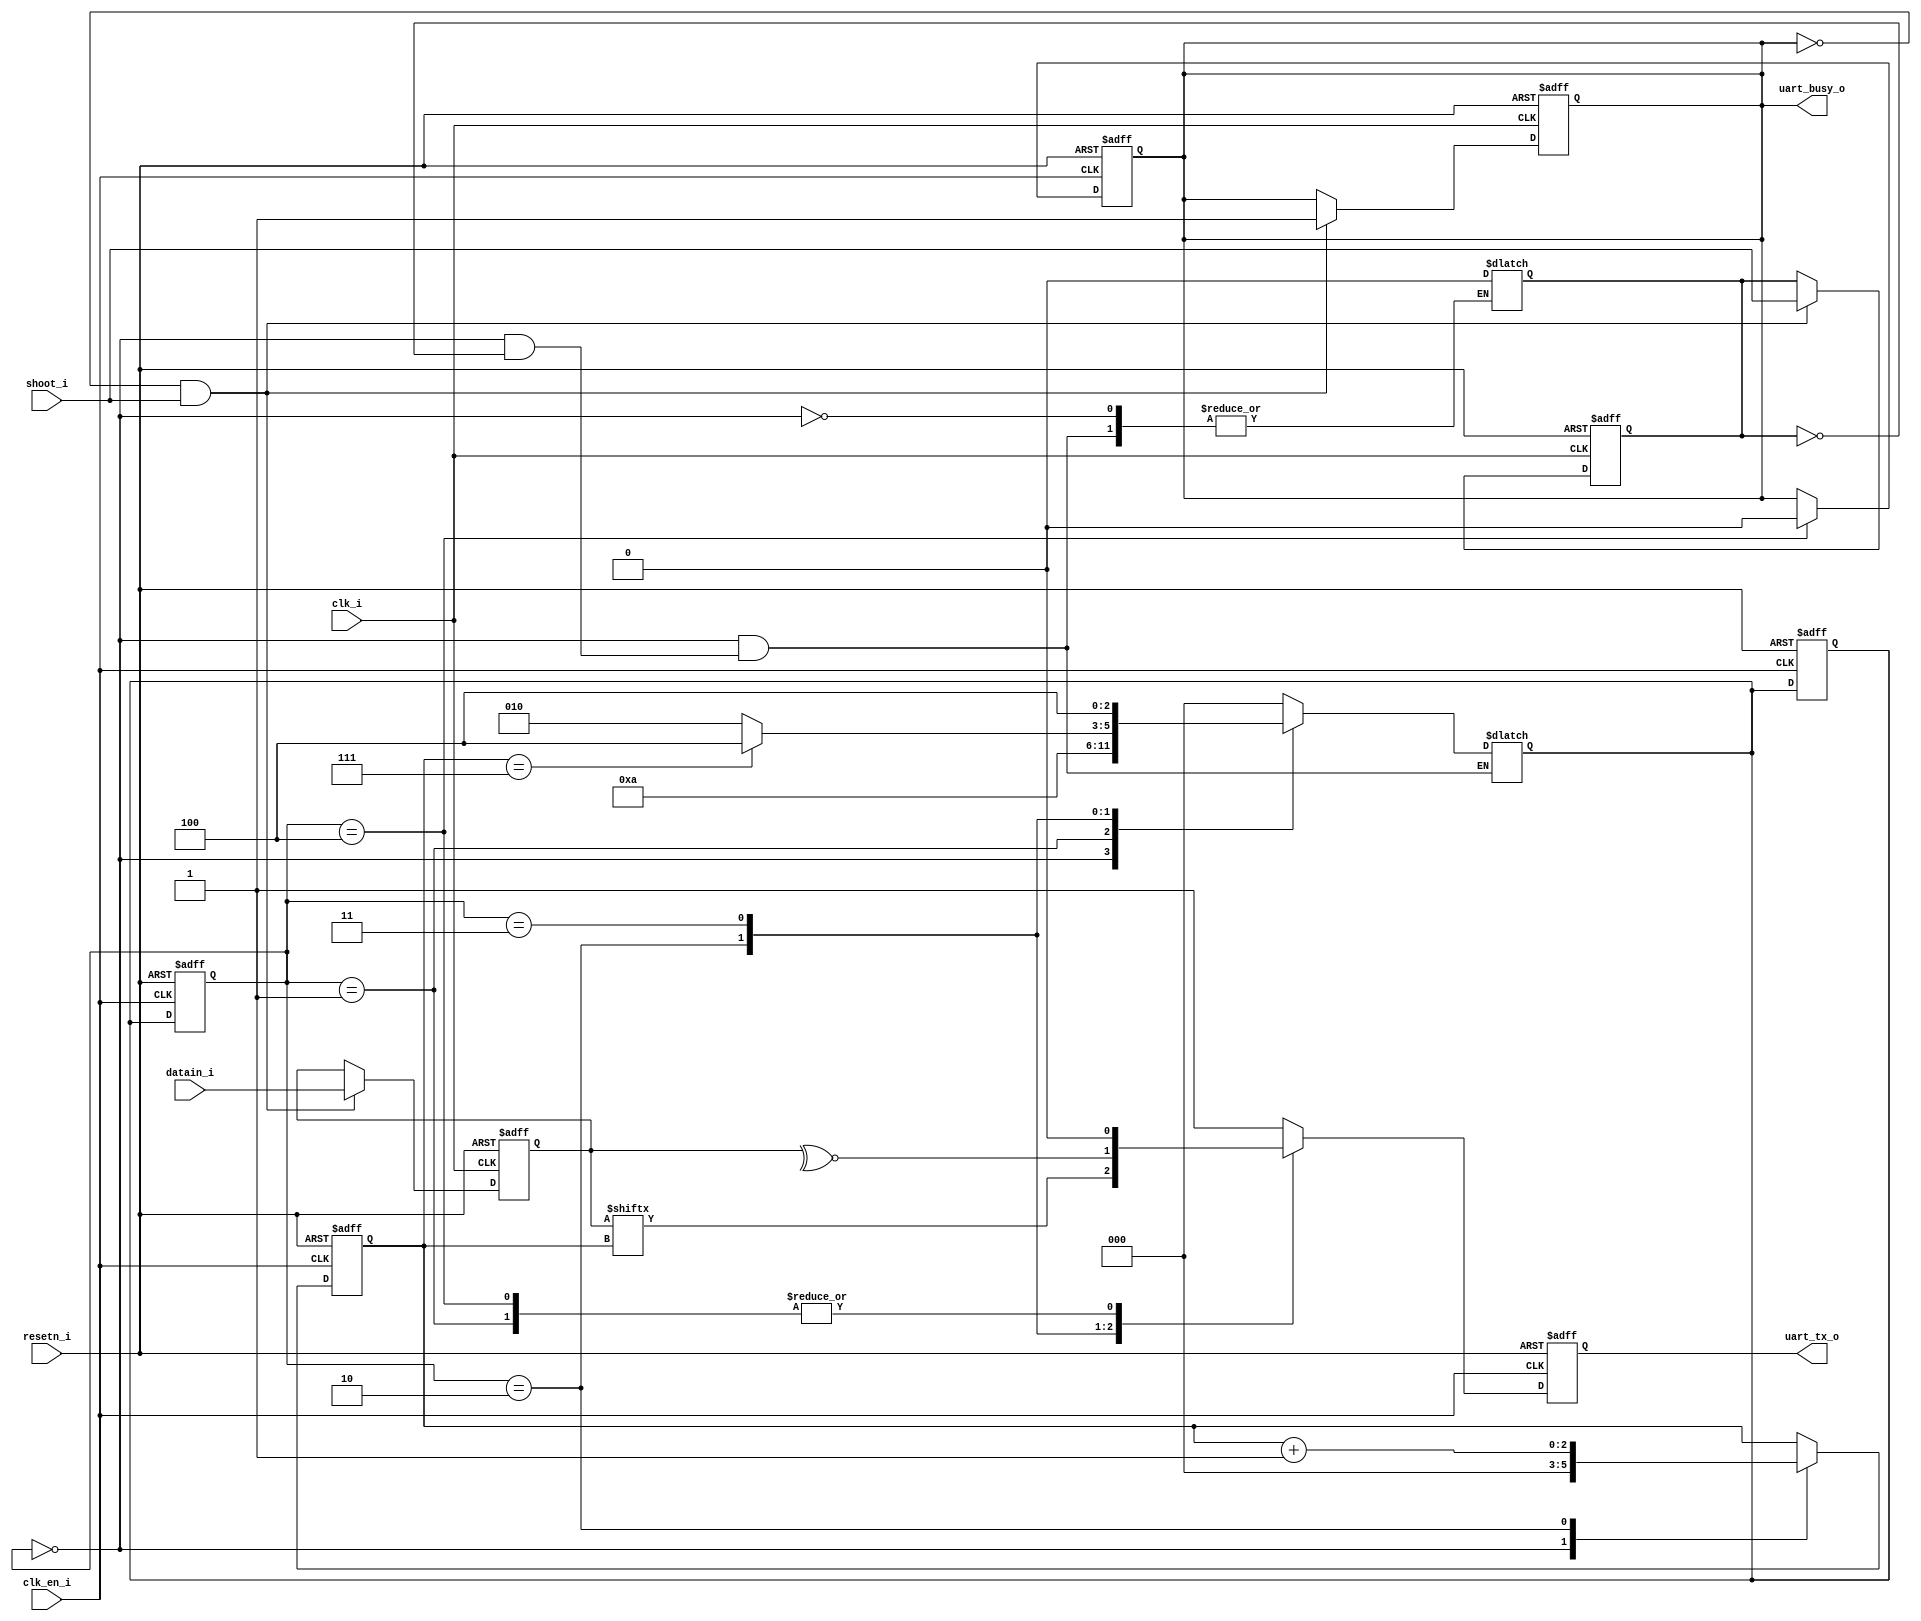
module uart_tx_op
  #(
    parameter VERIFY_ON = 1'b0,
    parameter VERIFY_EVEN = 1'b0
    )
   (
    input       clk_i,
    input       resetn_i,
    input       clk_en_i, 
    input [7:0] datain_i,
    input       shoot_i,
    output reg  uart_tx_o = 1'b1,
    output reg  uart_busy_o
    );

  // Defines
  localparam IDLE_BIT = 1'b1;
  localparam SHOOT_SET = 1'b1;
  localparam BUSY_SET = 1'b1;
  // States
  localparam IDLE = 3'd0;
  localparam START = 3'd1;
  localparam DATA = 3'd2;
  localparam CHECK = 3'd3;
  localparam END_BIT = 3'd4;

  
  //* clk_i domain
  reg shoot_flag;
  reg[7:0] datain;

  always@(posedge clk_i or negedge resetn_i) begin
    if(!resetn_i) begin
      shoot_flag <= ~SHOOT_SET;
      uart_busy_o <= ~BUSY_SET;
      datain <= 8'b0;
    end
    else begin
      if(uart_busy_o != BUSY_SET && shoot_i == SHOOT_SET) begin // Sampling
        shoot_flag <= shoot_i;
        uart_busy_o <= BUSY_SET;
        datain <= datain_i; // Sampling
      end
    end
  end


  //* clk_en_i domain
  // 
  reg[2:0] state;
  reg[2:0] next_state;
  reg[2:0] bit_sel;

  always@(posedge clk_en_i or negedge resetn_i) begin
    if(!resetn_i) begin
      state <= IDLE;
      next_state <= IDLE;
    end
    else begin
      state <= next_state;
    end
  end


  always@(*) begin
    case (state)
      IDLE: begin
        if(shoot_flag == SHOOT_SET) begin
          next_state = START;
          shoot_flag = ~SHOOT_SET;
        end
      end

      START: begin
        next_state = DATA;
      end

      DATA: begin
        if(bit_sel == 3'd7) begin
          if(VERIFY_ON) begin
            next_state = CHECK;
          end else begin
            next_state = END_BIT;
          end
        end else begin
          next_state = DATA;
        end
      end

      CHECK: begin
        next_state = END_BIT;
      end

      END_BIT: begin
        next_state = IDLE;
      end

      default: begin
        next_state = IDLE;
      end
    endcase
  end


  always@(posedge clk_en_i or negedge resetn_i) begin
    if(!resetn_i) begin
      bit_sel <= 3'b0;    
      uart_tx_o <= IDLE_BIT;
      uart_busy_o <= ~BUSY_SET;
    end
    else begin
      case (state)
        IDLE: begin
          bit_sel <= 3'b0;
          uart_tx_o <= IDLE_BIT;
          // uart_busy_o <= ~BUSY_SET; // clk_i
        end

        START: begin
          uart_tx_o <= ~IDLE_BIT;
        end

        DATA: begin
          uart_tx_o <= datain[bit_sel];
          bit_sel <= bit_sel + 1;
        end

        CHECK: begin
          if(VERIFY_EVEN)
            uart_tx_o <= ^datain;
          else
            uart_tx_o <= ~^datain;
        end

        END_BIT: begin
          uart_tx_o <= ~IDLE_BIT;
          uart_busy_o <= ~BUSY_SET;
        end

        default: begin
          uart_tx_o <= IDLE_BIT;
        end
      endcase
    end
  end
endmodule